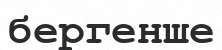
бергенше